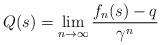
LaTeX: \begin{align*}Q(s) = \lim_{n \to \infty} \frac{f_n(s) - q}{ \gamma^n} \end{align*}